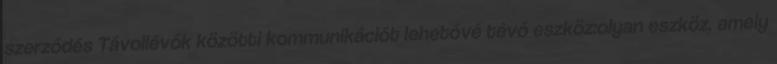
szerződés Távollévők közötti kommunikációt lehetővé tévő eszköz:olyan eszköz, amely